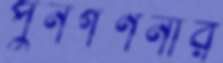
পুনর্গণনার